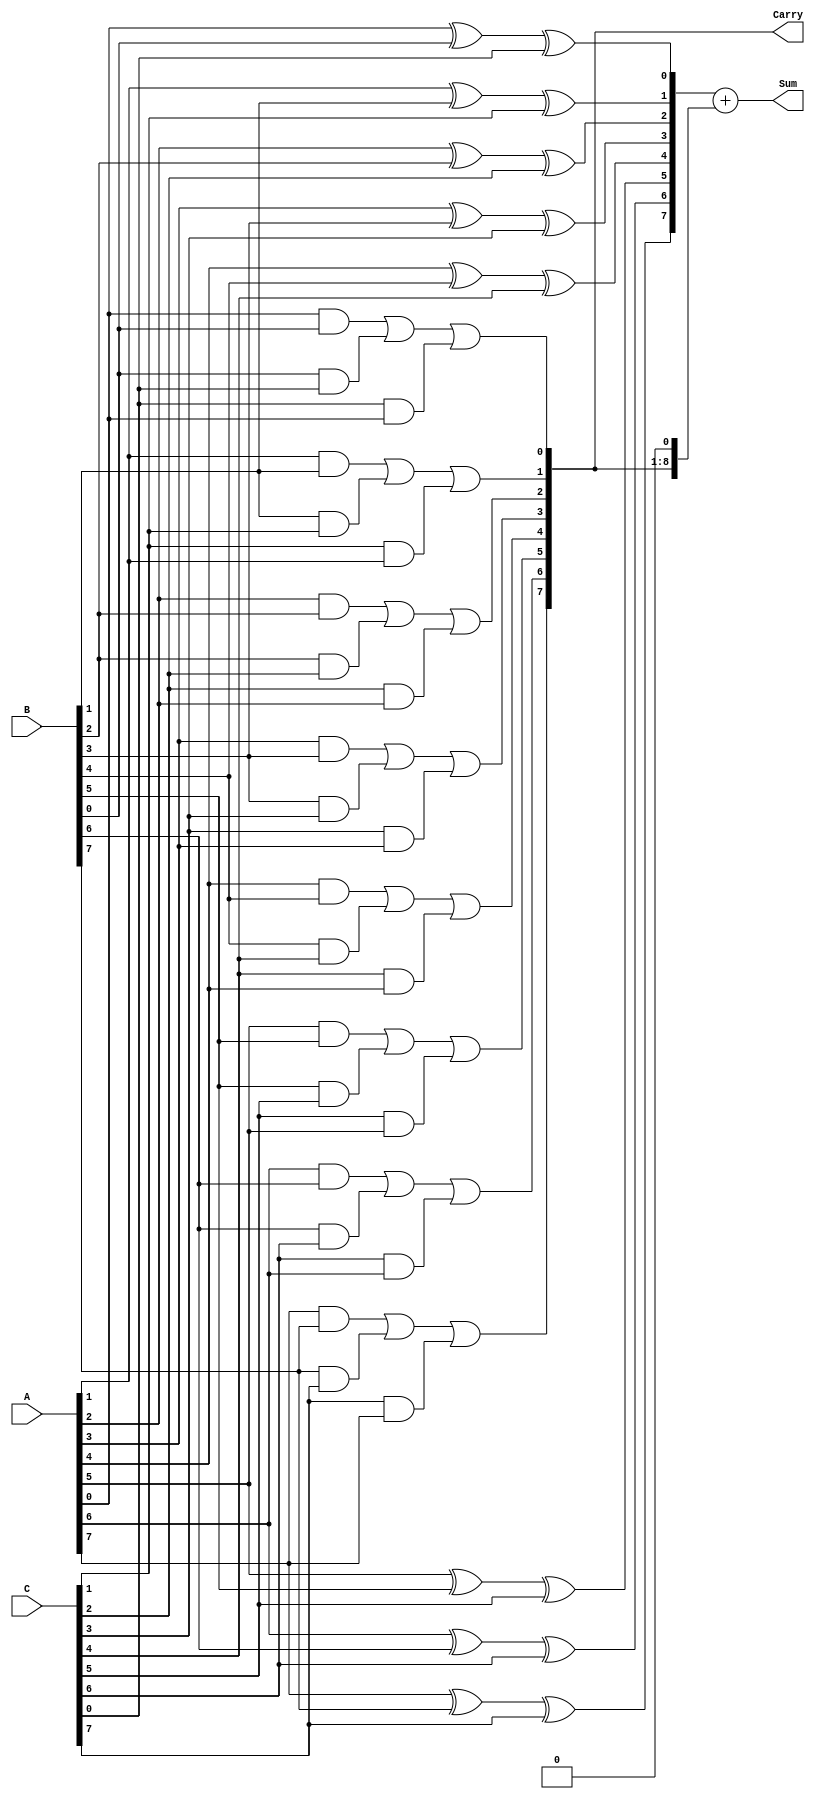
module ModifiedCarrySaveAdder #(parameter n = 8) (
    input  [n-1:0] A,  // First input
    input  [n-1:0] B,  // Second input
    input  [n-1:0] C,  // Third input
    output [n:0] Sum,   // Sum output (n+1 bits)
    output [n-1:0] Carry // Carry output (n bits)
);

    wire [n-1:0] partial_sum; // Partial sums
    wire [n-1:0] carry;        // Intermediate carries

    // Generate partial sums and carries
    genvar i;
    generate
        for (i = 0; i < n; i = i + 1) begin : adder_logic
            assign partial_sum[i] = A[i] ^ B[i] ^ C[i]; // Partial sum
            assign carry[i] = (A[i] & B[i]) | (B[i] & C[i]) | (C[i] & A[i]); // Carry
        end
    endgenerate

    // Final sum and carry calculation
    assign Sum = {1'b0, partial_sum} + {carry, 1'b0}; // Add carry to partial sum
    assign Carry = carry; // Final carry output

endmodule